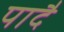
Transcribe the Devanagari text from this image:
पादै